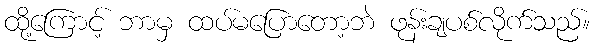
ထို့ကြောင့် ဘာမှ ထပ်မပြောတော့ဘဲ ဖုန်းချပစ်လိုက်သည်။